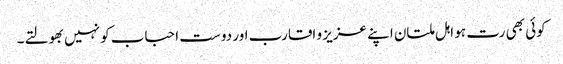
کوئی بھی رت ہو اہل ملتان اپنے عزیز و اقارب اور دوست احباب کو نہیں بھولتے۔